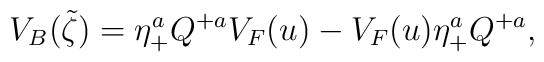
V_B(\tilde{\zeta})=\eta^a_+ Q^{+ a}V_F(u)-V_F(u)\eta^a_+  Q^{+ a},